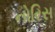
નોરિસ